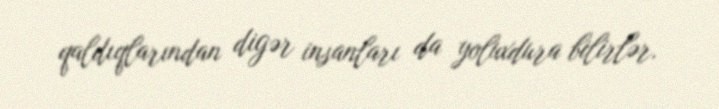
qaldıqlarından digər insanları da yoluxdura bilirlər.